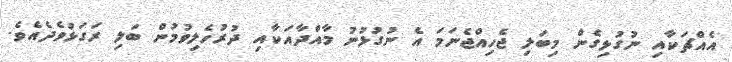
އެއްޗަކާއި ނުގުޅިގެން މިބަލި ޖެހިއްޖެނަމަ އެ ނުގުޅުނު މާއްދާއަކާއި ދުރުހެލިވުމުން ބަލި ރަގަޅުވެދެއެވެ.